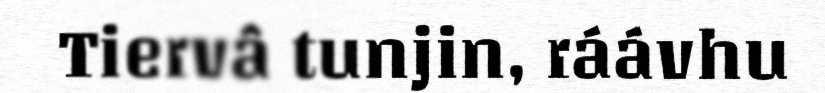
Tiervâ tunjin, ráávhu